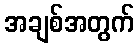
အချစ်အတွက်